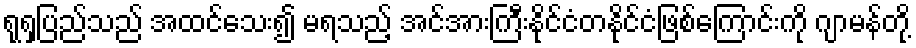
ရုရှပြည်သည် အထင်သေး၍ မရသည့် အင်အားကြီးနိုင်ငံတနိုင်ငံဖြစ်ကြောင်းကို ဂျာမန်တို့